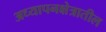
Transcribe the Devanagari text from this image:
अध्यापनक्षेत्रातील